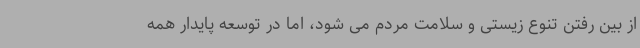
از بین رفتن تنوع زیستی و سلامت مردم می شود، اما در توسعه پایدار همه